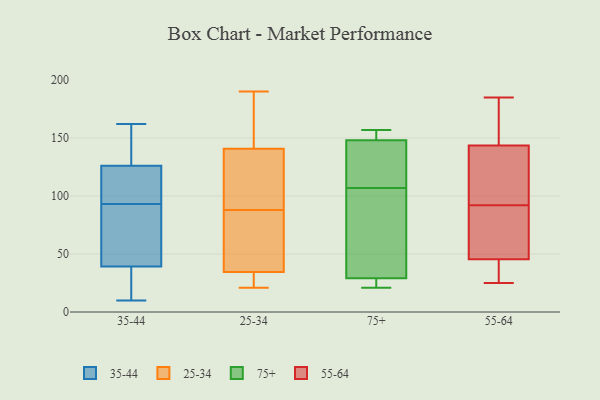
{"axis": {"x": "Inventory Turnover", "y": "Value"}, "legend": ["25-34", "35-44", "55-64", "75+"], "data": [{"x": "", "y": 28, "type": "35-44"}, {"x": "", "y": 72, "type": "35-44"}, {"x": "", "y": 54, "type": "35-44"}, {"x": "", "y": 10, "type": "35-44"}, {"x": "", "y": 40, "type": "35-44"}, {"x": "", "y": 101, "type": "35-44"}, {"x": "", "y": 143, "type": "35-44"}, {"x": "", "y": 162, "type": "35-44"}, {"x": "", "y": 28, "type": "35-44"}, {"x": "", "y": 63, "type": "35-44"}, {"x": "", "y": 105, "type": "35-44"}, {"x": "", "y": 160, "type": "35-44"}, {"x": "", "y": 97, "type": "35-44"}, {"x": "", "y": 132, "type": "35-44"}, {"x": "", "y": 124, "type": "35-44"}, {"x": "", "y": 37, "type": "35-44"}, {"x": "", "y": 93, "type": "35-44"}, {"x": "", "y": 38, "type": "25-34"}, {"x": "", "y": 33, "type": "25-34"}, {"x": "", "y": 42, "type": "25-34"}, {"x": "", "y": 114, "type": "25-34"}, {"x": "", "y": 129, "type": "25-34"}, {"x": "", "y": 190, "type": "25-34"}, {"x": "", "y": 143, "type": "25-34"}, {"x": "", "y": 29, "type": "25-34"}, {"x": "", "y": 134, "type": "25-34"}, {"x": "", "y": 158, "type": "25-34"}, {"x": "", "y": 103, "type": "25-34"}, {"x": "", "y": 36, "type": "25-34"}, {"x": "", "y": 21, "type": "25-34"}, {"x": "", "y": 164, "type": "25-34"}, {"x": "", "y": 88, "type": "25-34"}, {"x": "", "y": 34, "type": "25-34"}, {"x": "", "y": 163, "type": "25-34"}, {"x": "", "y": 73, "type": "25-34"}, {"x": "", "y": 26, "type": "25-34"}, {"x": "", "y": 58, "type": "75+"}, {"x": "", "y": 108, "type": "75+"}, {"x": "", "y": 29, "type": "75+"}, {"x": "", "y": 25, "type": "75+"}, {"x": "", "y": 106, "type": "75+"}, {"x": "", "y": 132, "type": "75+"}, {"x": "", "y": 86, "type": "75+"}, {"x": "", "y": 26, "type": "75+"}, {"x": "", "y": 21, "type": "75+"}, {"x": "", "y": 23, "type": "75+"}, {"x": "", "y": 129, "type": "75+"}, {"x": "", "y": 150, "type": "75+"}, {"x": "", "y": 148, "type": "75+"}, {"x": "", "y": 77, "type": "75+"}, {"x": "", "y": 132, "type": "75+"}, {"x": "", "y": 155, "type": "75+"}, {"x": "", "y": 154, "type": "75+"}, {"x": "", "y": 157, "type": "75+"}, {"x": "", "y": 145, "type": "55-64"}, {"x": "", "y": 169, "type": "55-64"}, {"x": "", "y": 92, "type": "55-64"}, {"x": "", "y": 25, "type": "55-64"}, {"x": "", "y": 143, "type": "55-64"}, {"x": "", "y": 68, "type": "55-64"}, {"x": "", "y": 39, "type": "55-64"}, {"x": "", "y": 116, "type": "55-64"}, {"x": "", "y": 112, "type": "55-64"}, {"x": "", "y": 47, "type": "55-64"}, {"x": "", "y": 80, "type": "55-64"}, {"x": "", "y": 41, "type": "55-64"}, {"x": "", "y": 185, "type": "55-64"}]}